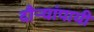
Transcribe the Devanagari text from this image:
दौऱ्यांपायी